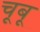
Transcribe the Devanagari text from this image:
चूबू